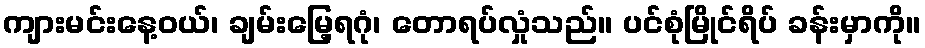
ကျားမင်းနေ့ဝယ်၊ ချမ်းမြေ့ရဂုံ၊ တောရပ်လှုံသည်။ ပင်စုံမြိုင်ရိပ် ခန်းမှာကို။